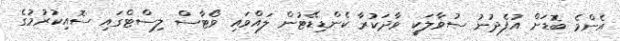
އެންމެ ބޮޑަށް އުފެދުނު ސުވާލަކީ ވާދަކުރާ ކެންޑިޑޭޓުން ލައްވައި ވޯޓާސް ލިސްޓްގައި ސޮއިކުރުމުގެ